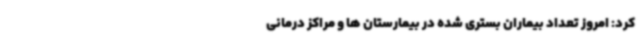
کرد: امروز تعداد بیماران بستری شده در بیمارستان ها و مراکز درمانی